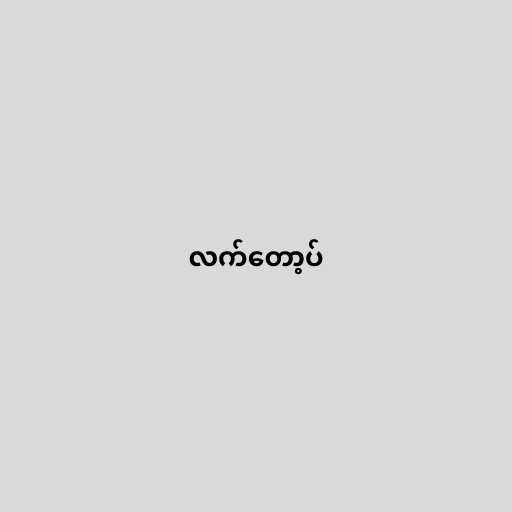
လက်တော့ပ်